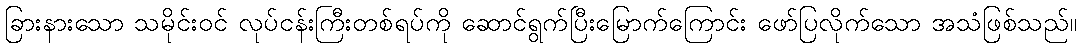
ခြားနားသော သမိုင်းဝင် လုပ်ငန်းကြီးတစ်ရပ်ကို ဆောင်ရွက်ပြီးမြောက်ကြောင်း ဖော်ပြလိုက်သော အသံဖြစ်သည်။